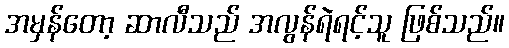
အမှန်တော့ ဆာလီသည် အလွန်ရဲရင့်သူ ဖြစ်သည်။